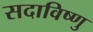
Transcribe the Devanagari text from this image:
सदाविष्णु